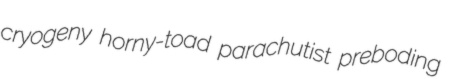
cryogeny horny-toad parachutist preboding